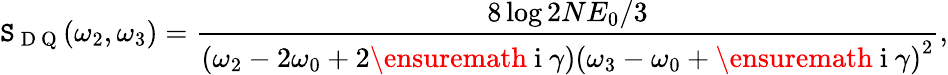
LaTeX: \mathtt{S}_{\mathrm{{~D~Q~}}}(\omega_{2},\omega_{3})=\frac{{8\log2NE_{0}/3}}{{\left(\omega_{2}-2\omega_{0}+2\ensuremath{{\mathrm{{~i~}}}}\gamma\right)\left(\omega_{3}-\omega_{0}+\ensuremath{{\mathrm{{~i~}}}}\gamma\right)^{2}}},